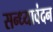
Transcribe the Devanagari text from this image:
सन्ध्यावंदन